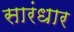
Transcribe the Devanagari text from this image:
सारंधार